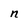
Character: n